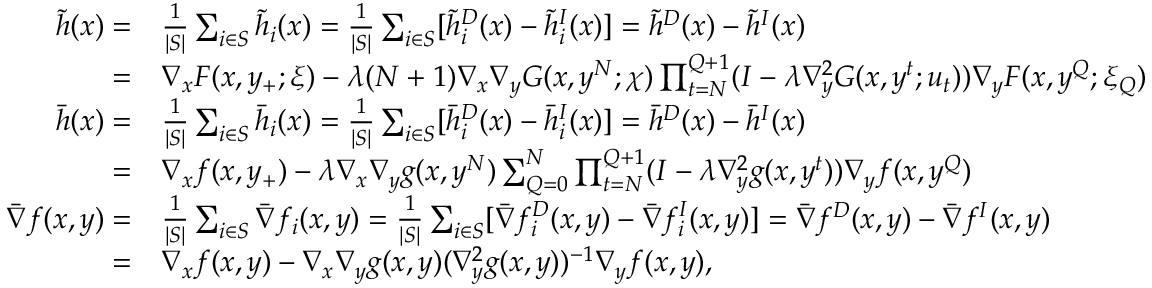
\begin{array} { r l } { \widetilde { h } ( x ) = } & { \frac { 1 } { | S | } \sum _ { i \in S } \widetilde { h } _ { i } ( x ) = \frac { 1 } { | S | } \sum _ { i \in S } [ \widetilde { h } _ { i } ^ { D } ( x ) - \widetilde { h } _ { i } ^ { I } ( x ) ] = \widetilde { h } ^ { D } ( x ) - \widetilde { h } ^ { I } ( x ) } \\ { = } & { \nabla _ { x } F ( x , y _ { + } ; \xi ) - \lambda ( N + 1 ) \nabla _ { x } \nabla _ { y } G ( x , y ^ { N } ; \chi ) \prod _ { t = N } ^ { Q + 1 } ( I - \lambda \nabla _ { y } ^ { 2 } G ( x , y ^ { t } ; u _ { t } ) ) \nabla _ { y } F ( x , y ^ { Q } ; \xi _ { Q } ) } \\ { \bar { h } ( x ) = } & { \frac { 1 } { | S | } \sum _ { i \in S } \bar { h } _ { i } ( x ) = \frac { 1 } { | S | } \sum _ { i \in S } [ \bar { h } _ { i } ^ { D } ( x ) - \bar { h } _ { i } ^ { I } ( x ) ] = \bar { h } ^ { D } ( x ) - \bar { h } ^ { I } ( x ) } \\ { = } & { \nabla _ { x } f ( x , y _ { + } ) - \lambda \nabla _ { x } \nabla _ { y } g ( x , y ^ { N } ) \sum _ { Q = 0 } ^ { N } \prod _ { t = N } ^ { Q + 1 } ( I - \lambda \nabla _ { y } ^ { 2 } g ( x , y ^ { t } ) ) \nabla _ { y } f ( x , y ^ { Q } ) } \\ { \bar { \nabla } f ( x , y ) = } & { \frac { 1 } { | S | } \sum _ { i \in S } \bar { \nabla } f _ { i } ( x , y ) = \frac { 1 } { | S | } \sum _ { i \in S } [ \bar { \nabla } f _ { i } ^ { D } ( x , y ) - \bar { \nabla } f _ { i } ^ { I } ( x , y ) ] = \bar { \nabla } f ^ { D } ( x , y ) - \bar { \nabla } f ^ { I } ( x , y ) } \\ { = } & { \nabla _ { x } f ( x , y ) - \nabla _ { x } \nabla _ { y } g ( x , y ) ( \nabla _ { y } ^ { 2 } g ( x , y ) ) ^ { - 1 } \nabla _ { y } f ( x , y ) , } \end{array}